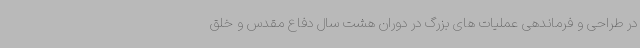
در طراحی و فرماندهی عملیات های بزرگ در دوران هشت سال دفاع مقدس و خلق